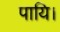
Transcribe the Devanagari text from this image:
पायि।